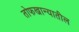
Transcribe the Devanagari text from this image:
तोफखान्यातील